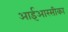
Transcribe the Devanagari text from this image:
आईआरसीका